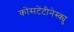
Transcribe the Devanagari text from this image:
कोंसटेंटीनेस्क्यु